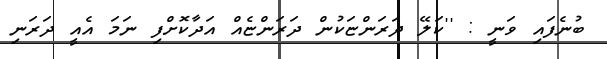
ބުނެފައި ވަނީ : ''ކަލޭ ދަރަންޏަކުން ދަރަންޏެއް އަދާކޮށްފި ނަމަ އެއީ ދަރަނި